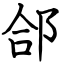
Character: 郃